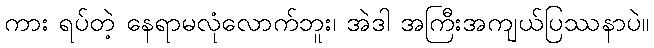
ကား ရပ်တဲ့ နေရာမလုံလောက်ဘူး၊ အဲဒါ အကြီးအကျယ်ပြဿနာပဲ။